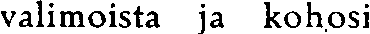
valimoista ja kohosi